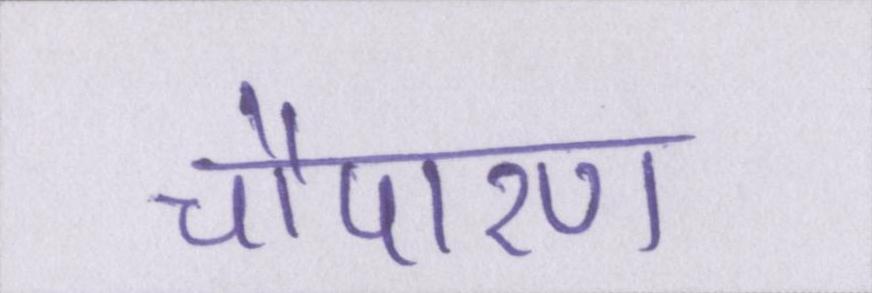
चौपारण